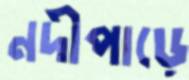
নদীপাড়ে